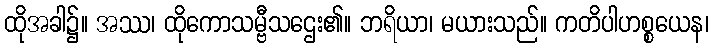
ထိုအခါ၌။ အဿ၊ ထိုကောသမ္ဗီသဌေး၏။ ဘရိယာ၊ မယားသည်။ ကတိပါဟစ္စယေန၊